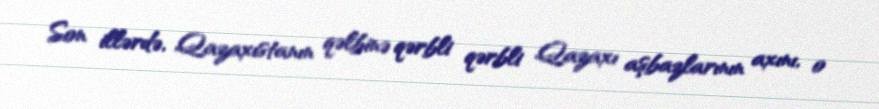
Son illərdə, Qazaxıstanın qəlbinə qərbli qərbli Qazaxı aşbazlarının axını, o